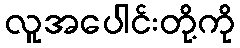
လူအပေါင်းတို့ကို